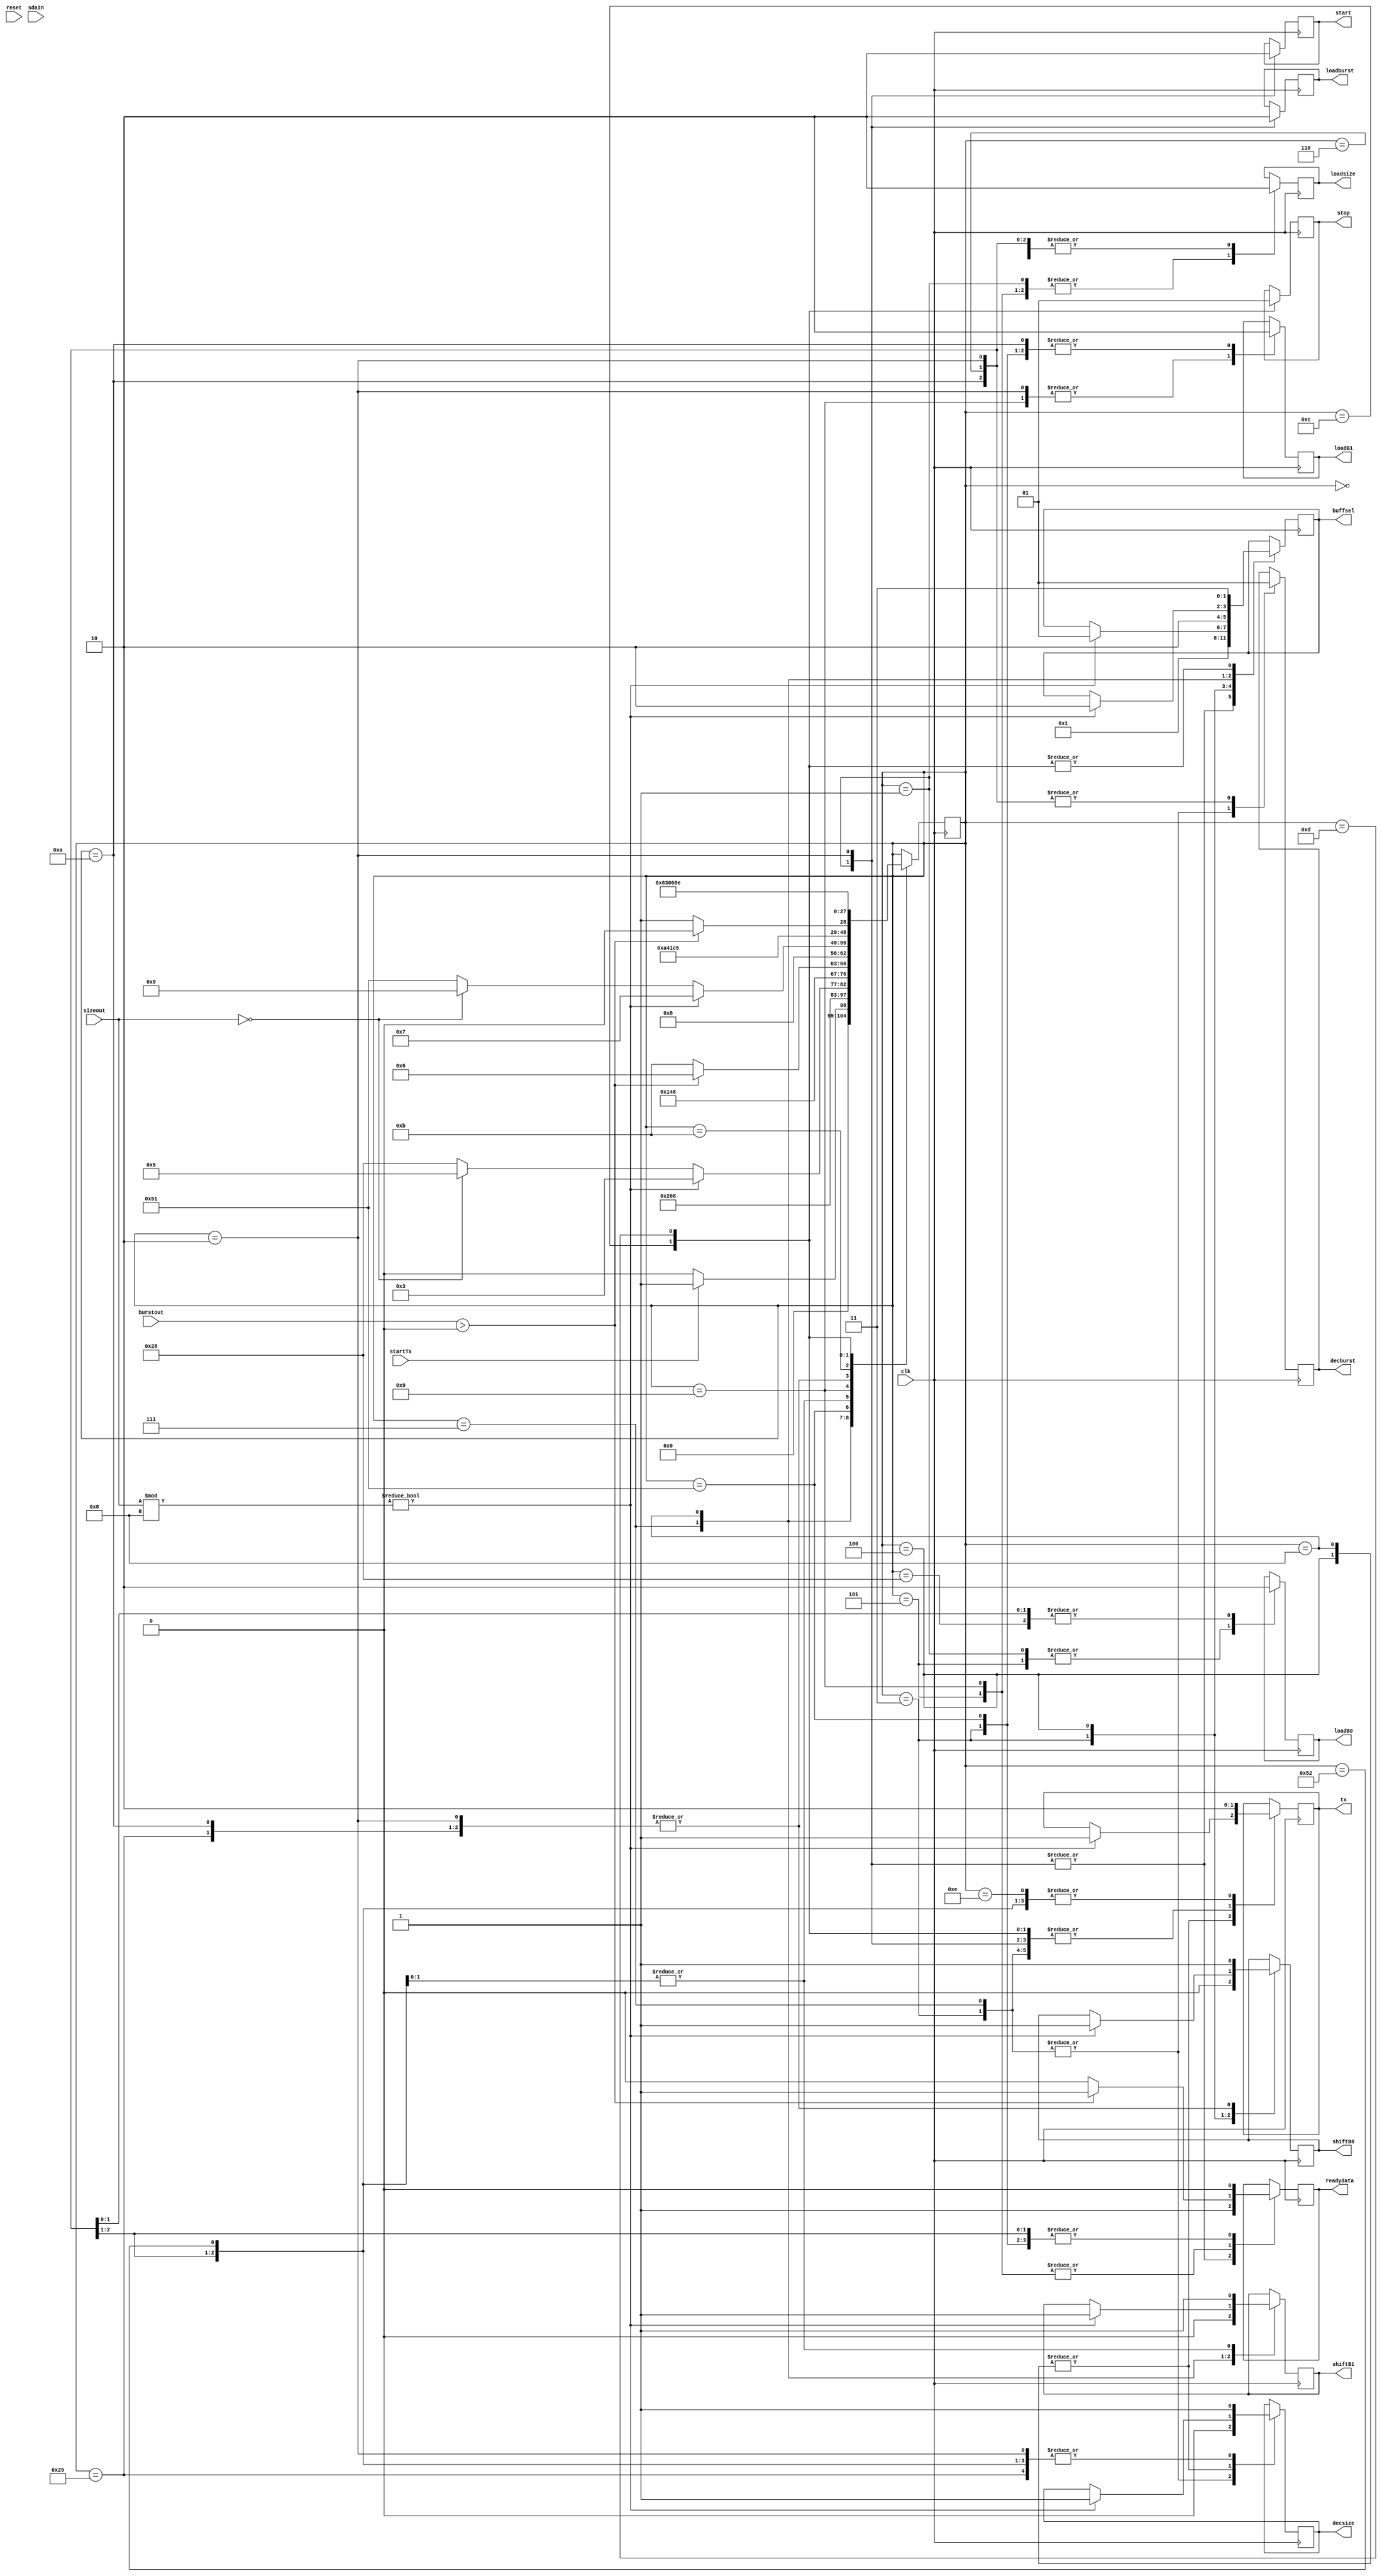
module controller(tx,buffsel,loadsize,decsize,loadburst,decburst,
			readydata,loadB0,shiftB0,loadB1,shiftB1,start,stop,clk,startTx,burstout,reset,sizeout, sdaIn);//include Sack
output loadsize,decsize,loadburst,decburst,readydata,loadB0,shiftB0,loadB1,shiftB1,start,stop, tx;
output [1:0] buffsel;
input [7:0] burstout;
input startTx,clk,reset,sdaIn;//include Sda
input [7:0] sizeout;
reg loadsize,decsize,loadburst,decburst,addsel,readydata,loadB0,shiftB0,loadB1,shiftB1,datasel,start,stop;
reg [1:0] buffsel;
reg [6:0] nextState;
reg [1:0] count;
reg tx;

initial
begin
	nextState <= 7'd0;
	readydata <= 0;		//setting everything to 0
	loadsize<=0;
	decsize<=0;
	loadburst<=0;
	decburst<=0;
	loadB0<=0;
	loadB1<=0;
	shiftB0<=0;
	shiftB1<=0;
	tx<=1;
end

always@(negedge clk)
begin

case(nextState)
	7'd0: 
		begin 	if (startTx)			//proceed to the next state if write is low or stay in the same state
			nextState <= 7'd1;
			else
			nextState <= 7'd0;
		end
	7'd1:
					//start bit to SDA
		begin
			readydata<=1;
			loadsize<=1;
			loadburst<=1;
			loadB0<=1;
			start<=1;
			buffsel<=2'd0;
			tx<=1;
			nextState<=7'd2;
			
		end
				
	7'd2:
		
		begin  
			loadsize<=0;
			loadburst<=0;
			loadB0<=0;
			start<=0;
			buffsel<=2'd0;
			readydata<=1;
			decsize<=1;
			decburst<=1;
			shiftB0<=1;
			loadB1<=1;
			tx<=1;			
			nextState<=7'd3;
		end 
	
	7'd3:
					//B0 data transmission
		begin
			readydata<=0;
			decsize<=0;
			decburst<=0;
			shiftB0<=0;
			loadB1<=0;
			nextState<=7'd4;
			buffsel<=2'd1;
			tx<=1;
		end
	7'd4:				
		begin	if (sizeout%8!= 0)
			begin
			buffsel<=2'd1;
			shiftB0<=1;
			decsize<=1;
			tx<=1;
			nextState<=7'd3;
			end
			else if (sizeout ==0)//shuld check ack and start sending B1
			begin
			nextState<=7'd5;
			end
			else
			begin
			nextState <=7'd40 ; //shuld check ack and send b0
			end
		end
	7'd40:		
		begin
			tx<=0;
			readydata<=0;
			loadsize<=0;
			loadB0<=0;
			nextState<=7'd41;
		end
	7'd41:
		begin   //if(sda==0)
			tx<=0;
			decsize<=1;
			shiftB0<=1;
			nextState<=7'd3;
		end
	7'd5:				//check for ack
		begin	
			tx<=0;
			loadsize<=1;
			loadB0<=1;
			if((burstout)>0)
			begin
			nextState<=7'd6;
			readydata<=1;
			end
			else
			begin
			nextState<=7'd11;
			readydata<=0;
			tx<=0;
			end
			
		end
	7'd6:				
		begin	
			readydata<=0;
			loadsize<=0;
			decsize<=1;
			decburst<=1;
			loadB0<=0;
			tx<=0;
			//if(sda==0)
			shiftB1<=1;
			nextState<=7'd7;				
		end
	7'd7:	
		begin	//starting b1
			decsize<=0;
			decburst<=0;
			shiftB1<=0;
			buffsel<=2'd2;
			nextState<=7'd8;
			tx<=1;
		end
	7'd8:
		begin
			if(sizeout%8!=0)
			begin
			decsize<=1;
			shiftB1<=1;
			buffsel<=2'd2;
			nextState<=7'd7;
			tx<=1;
			end
			else if (sizeout ==0)//shuld check ack and start sending B0
			begin
			nextState<=7'd9;
			end
			else
			begin
			nextState <=7'd81 ; //shuld check ack and send b1
			end
		end
	7'd81:		//ack
		begin
			tx<=0;
			readydata<=0;
			loadsize<=0;
			loadB1<=0;
			nextState<=7'd82;
		end
	7'd82:
		begin
			//if sda == 0
			decsize<=1;
			shiftB1<=1;
			nextState<=7'd7;
			tx<=0;
		end
	7'd9:		//ack
		begin
			loadsize<=1;
			loadB1<=1;
			
			tx<=0;

			if((burstout)>0)
			begin
			nextState<=7'd10;
			readydata<=1;
			end
			else
			begin
			nextState<=7'd11;
			readydata<=0;
			end



			
		end
	7'd10:
		begin
			readydata<=0;
			loadsize<=0;
			decsize<=1;
			decburst<=1;
			loadB1<=0;
			shiftB0<=1;
			tx<=0;
			nextState<=7'd3; //start transmitting B0			
		end
7'd11:				
		begin
			nextState<=7'd12;
		end
7'd12:		begin
			nextState<=7'd13;
			tx<=1;
			buffsel<=2'd3;
			stop<=0;
		end

	7'd13:				
		begin	
			tx<=1;
			buffsel<=2'd3;
			stop<=1;
			nextState<=7'd14;
		end
			
	7'd14:				
		begin
			tx<=0;
			
		end
	
	

		
endcase	
end
endmodule